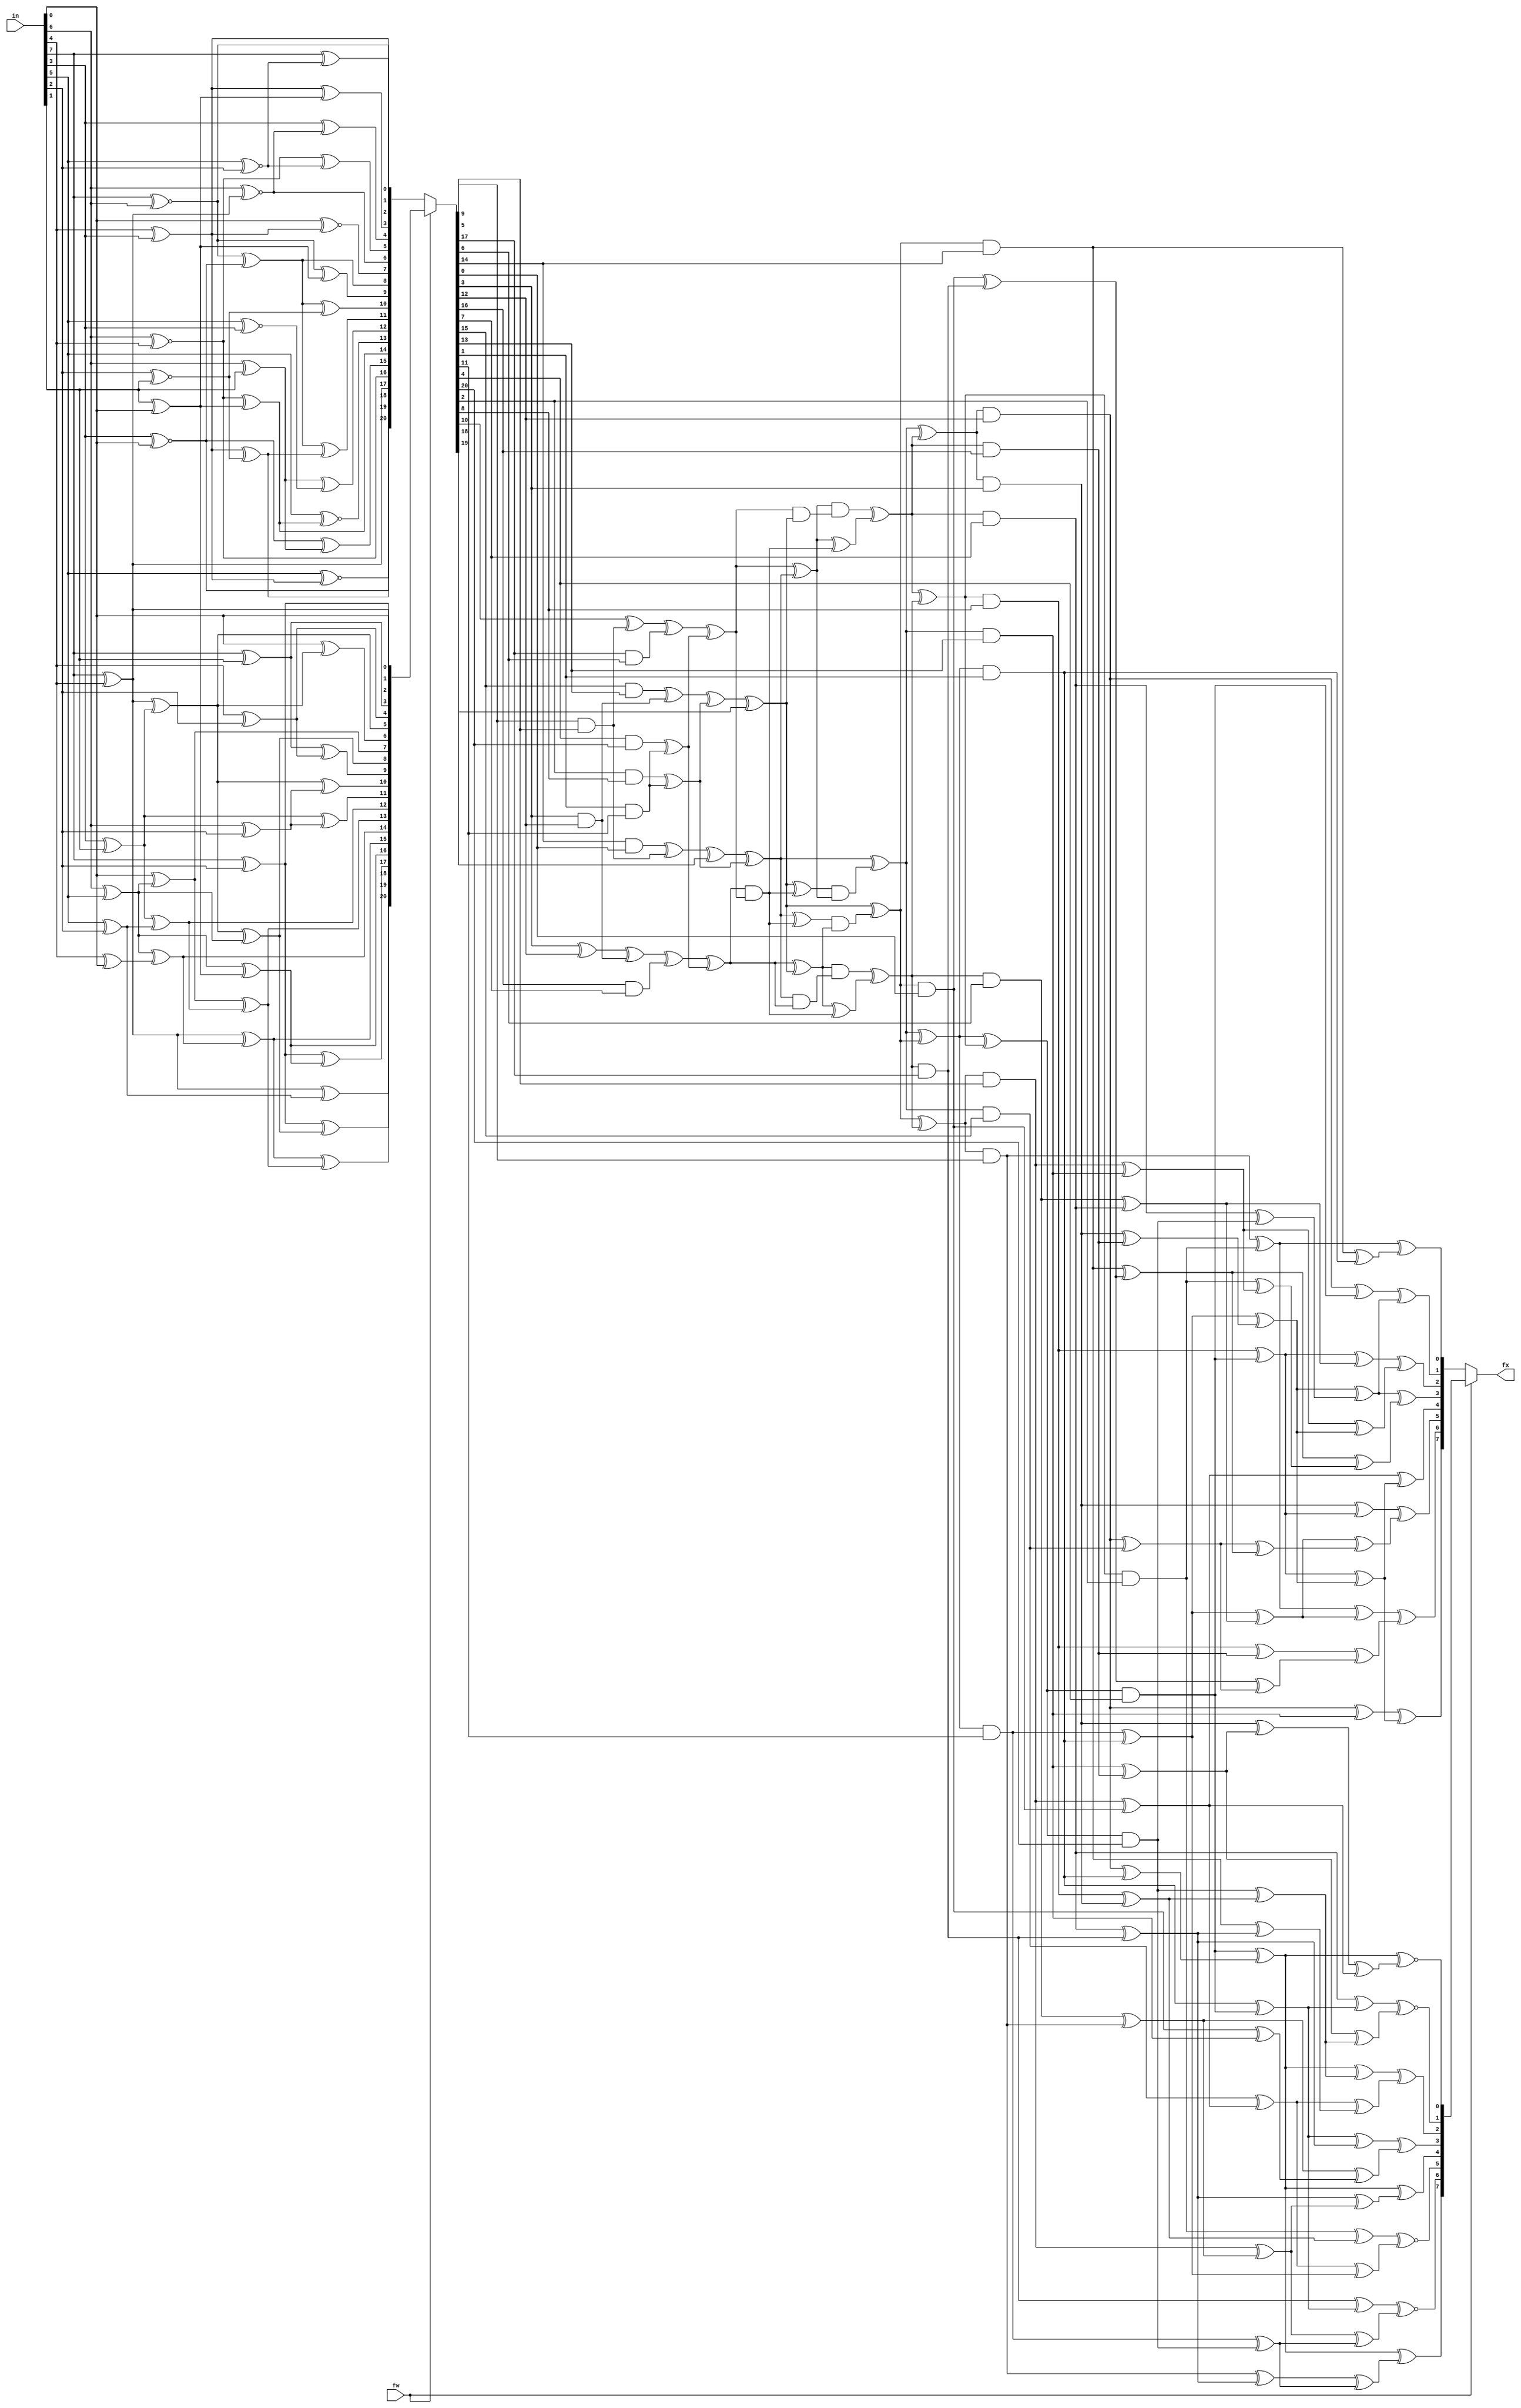
module ibex_aes_sbox (
	fw,
	in,
	fx
);
	input wire fw;
	input wire [7:0] in;
	output wire [7:0] fx;
	function automatic [20:0] aes_sbox_top;
		input reg [7:0] x;
		reg y20;
		reg y19;
		reg y18;
		reg y17;
		reg y16;
		reg y15;
		reg y14;
		reg y13;
		reg y12;
		reg y11;
		reg y10;
		reg y9;
		reg y8;
		reg y7;
		reg y6;
		reg y5;
		reg y4;
		reg y3;
		reg y2;
		reg y1;
		reg y0;
		reg t5;
		reg t4;
		reg t3;
		reg t2;
		reg t1;
		reg t0;
		begin
			y0 = x[0];
			y1 = x[7] ^ x[4];
			y2 = x[7] ^ x[2];
			y3 = x[7] ^ x[1];
			y4 = x[4] ^ x[2];
			t0 = x[3] ^ x[1];
			y5 = y1 ^ t0;
			t1 = x[6] ^ x[5];
			y6 = x[0] ^ y5;
			y7 = x[0] ^ t1;
			y8 = y5 ^ t1;
			t2 = x[6] ^ x[2];
			t3 = x[5] ^ x[2];
			y9 = y3 ^ y4;
			y10 = y5 ^ t2;
			y11 = t0 ^ t2;
			y12 = t0 ^ t3;
			y13 = y7 ^ y12;
			t4 = x[4] ^ x[0];
			y14 = t1 ^ t4;
			y15 = y1 ^ y14;
			t5 = x[1] ^ x[0];
			y16 = t1 ^ t5;
			y17 = y2 ^ y16;
			y18 = y2 ^ y8;
			y19 = y15 ^ y13;
			y20 = y1 ^ t3;
			aes_sbox_top = {y20, y19, y18, y17, y16, y15, y14, y13, y12, y11, y10, y9, y8, y7, y6, y5, y4, y3, y2, y1, y0};
		end
	endfunction
	function automatic [7:0] aes_sbox_out;
		input reg [17:0] x;
		reg [7:0] y;
		reg t29;
		reg t28;
		reg t27;
		reg t26;
		reg t25;
		reg t24;
		reg t23;
		reg t22;
		reg t21;
		reg t20;
		reg t19;
		reg t18;
		reg t17;
		reg t16;
		reg t15;
		reg t14;
		reg t13;
		reg t12;
		reg t11;
		reg t10;
		reg t9;
		reg t8;
		reg t7;
		reg t6;
		reg t5;
		reg t4;
		reg t3;
		reg t2;
		reg t1;
		reg t0;
		begin
			t0 = x[11] ^ x[12];
			t1 = x[0] ^ x[6];
			t2 = x[14] ^ x[16];
			t3 = x[15] ^ x[5];
			t4 = x[4] ^ x[8];
			t5 = x[17] ^ x[11];
			t6 = x[12] ^ t5;
			t7 = x[14] ^ t3;
			t8 = x[1] ^ x[9];
			t9 = x[2] ^ x[3];
			t10 = x[3] ^ t4;
			t11 = x[10] ^ t2;
			t12 = x[16] ^ x[1];
			t13 = x[0] ^ t0;
			t14 = x[2] ^ x[11];
			t15 = x[5] ^ t1;
			t16 = x[6] ^ t0;
			t17 = x[7] ^ t1;
			t18 = x[8] ^ t8;
			t19 = x[13] ^ t4;
			t20 = t0 ^ t1;
			t21 = t1 ^ t7;
			t22 = t3 ^ t12;
			t23 = t18 ^ t2;
			t24 = t15 ^ t9;
			t25 = t6 ^ t10;
			t26 = t7 ^ t9;
			t27 = t8 ^ t10;
			t28 = t11 ^ t14;
			t29 = t11 ^ t17;
			y[0] = t6 ~^ t23;
			y[1] = t13 ~^ t27;
			y[2] = t25 ^ t29;
			y[3] = t20 ^ t22;
			y[4] = t6 ^ t21;
			y[5] = t19 ~^ t28;
			y[6] = t16 ~^ t26;
			y[7] = t6 ^ t24;
			aes_sbox_out = y;
		end
	endfunction
	function automatic [17:0] aes_sbox_inv_mid;
		input reg [20:0] x;
		reg [17:0] y;
		reg t45;
		reg t44;
		reg t43;
		reg t42;
		reg t41;
		reg t40;
		reg t39;
		reg t38;
		reg t37;
		reg t36;
		reg t35;
		reg t34;
		reg t33;
		reg t32;
		reg t31;
		reg t30;
		reg t29;
		reg t28;
		reg t27;
		reg t26;
		reg t25;
		reg t24;
		reg t23;
		reg t22;
		reg t21;
		reg t20;
		reg t19;
		reg t18;
		reg t17;
		reg t16;
		reg t15;
		reg t14;
		reg t13;
		reg t12;
		reg t11;
		reg t10;
		reg t9;
		reg t8;
		reg t7;
		reg t6;
		reg t5;
		reg t4;
		reg t3;
		reg t2;
		reg t1;
		reg t0;
		begin
			t0 = x[3] ^ x[12];
			t1 = x[9] & x[5];
			t2 = x[17] & x[6];
			t3 = x[10] ^ t1;
			t4 = x[14] & x[0];
			t5 = t4 ^ t1;
			t6 = x[3] & x[12];
			t7 = x[16] & x[7];
			t8 = t0 ^ t6;
			t9 = x[15] & x[13];
			t10 = t9 ^ t6;
			t11 = x[1] & x[11];
			t12 = x[4] & x[20];
			t13 = t12 ^ t11;
			t14 = x[2] & x[8];
			t15 = t14 ^ t11;
			t16 = t3 ^ t2;
			t17 = t5 ^ x[18];
			t18 = t8 ^ t7;
			t19 = t10 ^ t15;
			t20 = t16 ^ t13;
			t21 = t17 ^ t15;
			t22 = t18 ^ t13;
			t23 = t19 ^ x[19];
			t24 = t22 ^ t23;
			t25 = t22 & t20;
			t26 = t21 ^ t25;
			t27 = t20 ^ t21;
			t28 = t23 ^ t25;
			t29 = t28 & t27;
			t30 = t26 & t24;
			t31 = t20 & t23;
			t32 = t27 & t31;
			t33 = t27 ^ t25;
			t34 = t21 & t22;
			t35 = t24 & t34;
			t36 = t24 ^ t25;
			t37 = t21 ^ t29;
			t38 = t32 ^ t33;
			t39 = t23 ^ t30;
			t40 = t35 ^ t36;
			t41 = t38 ^ t40;
			t42 = t37 ^ t39;
			t43 = t37 ^ t38;
			t44 = t39 ^ t40;
			t45 = t42 ^ t41;
			y[0] = t38 & x[7];
			y[1] = t37 & x[13];
			y[2] = t42 & x[11];
			y[3] = t45 & x[20];
			y[4] = t41 & x[8];
			y[5] = t44 & x[9];
			y[6] = t40 & x[17];
			y[7] = t39 & x[14];
			y[8] = t43 & x[3];
			y[9] = t38 & x[16];
			y[10] = t37 & x[15];
			y[11] = t42 & x[1];
			y[12] = t45 & x[4];
			y[13] = t41 & x[2];
			y[14] = t44 & x[5];
			y[15] = t40 & x[6];
			y[16] = t39 & x[0];
			y[17] = t43 & x[12];
			aes_sbox_inv_mid = y;
		end
	endfunction
	function automatic [20:0] aes_inv_sbox_top;
		input reg [7:0] x;
		reg y20;
		reg y19;
		reg y18;
		reg y17;
		reg y16;
		reg y15;
		reg y14;
		reg y13;
		reg y12;
		reg y11;
		reg y10;
		reg y9;
		reg y8;
		reg y7;
		reg y6;
		reg y5;
		reg y4;
		reg y3;
		reg y2;
		reg y1;
		reg y0;
		reg t4;
		reg t3;
		reg t2;
		reg t1;
		reg t0;
		begin
			y17 = x[7] ^ x[4];
			y16 = x[6] ~^ x[4];
			y2 = x[7] ~^ x[6];
			y1 = x[4] ^ x[3];
			y18 = x[3] ~^ x[0];
			t0 = x[1] ^ x[0];
			y6 = x[6] ~^ y17;
			y14 = y16 ^ t0;
			y7 = x[0] ~^ y1;
			y8 = y2 ^ y18;
			y9 = y2 ^ t0;
			y3 = y1 ^ t0;
			y19 = x[5] ~^ y1;
			t1 = x[6] ^ x[1];
			y13 = x[5] ~^ y14;
			y15 = y18 ^ t1;
			y4 = x[3] ^ y6;
			t2 = x[5] ~^ x[2];
			t3 = x[2] ~^ x[1];
			t4 = x[5] ~^ x[3];
			y5 = y16 ^ t2;
			y12 = t1 ^ t4;
			y20 = y1 ^ t3;
			y11 = y8 ^ y20;
			y10 = y8 ^ t3;
			y0 = x[7] ^ t2;
			aes_inv_sbox_top = {y20, y19, y18, y17, y16, y15, y14, y13, y12, y11, y10, y9, y8, y7, y6, y5, y4, y3, y2, y1, y0};
		end
	endfunction
	function automatic [7:0] aes_inv_sbox_out;
		input reg [17:0] x;
		reg [7:0] y;
		reg t29;
		reg t28;
		reg t27;
		reg t26;
		reg t25;
		reg t24;
		reg t23;
		reg t22;
		reg t20;
		reg t19;
		reg t18;
		reg t17;
		reg t16;
		reg t15;
		reg t14;
		reg t13;
		reg t12;
		reg t11;
		reg t10;
		reg t9;
		reg t8;
		reg t7;
		reg t6;
		reg t5;
		reg t4;
		reg t3;
		reg t2;
		reg t1;
		reg t0;
		begin
			t0 = x[2] ^ x[11];
			t1 = x[8] ^ x[9];
			t2 = x[4] ^ x[12];
			t3 = x[15] ^ x[0];
			t4 = x[16] ^ x[6];
			t5 = x[14] ^ x[1];
			t6 = x[17] ^ x[10];
			t7 = t0 ^ t1;
			t8 = x[0] ^ x[3];
			t9 = x[5] ^ x[13];
			t10 = x[7] ^ t4;
			t11 = t0 ^ t3;
			t12 = x[14] ^ x[16];
			t13 = x[17] ^ x[1];
			t14 = x[17] ^ x[12];
			t15 = x[4] ^ x[9];
			t16 = x[7] ^ x[11];
			t17 = x[8] ^ t2;
			t18 = x[13] ^ t5;
			t19 = t2 ^ t3;
			t20 = t4 ^ t6;
			t22 = t2 ^ t7;
			t23 = t7 ^ t8;
			t24 = t5 ^ t7;
			t25 = t6 ^ t10;
			t26 = t9 ^ t11;
			t27 = t10 ^ t18;
			t28 = t11 ^ t25;
			t29 = t15 ^ t20;
			y[0] = t9 ^ t16;
			y[1] = t14 ^ t23;
			y[2] = t19 ^ t24;
			y[3] = t23 ^ t27;
			y[4] = t12 ^ t22;
			y[5] = t17 ^ t28;
			y[6] = t26 ^ t29;
			y[7] = t13 ^ t22;
			aes_inv_sbox_out = y;
		end
	endfunction
	wire [20:0] fwd_top;
	wire [20:0] inv_top;
	wire [20:0] top_box;
	assign fwd_top = aes_sbox_top(in);
	assign inv_top = aes_inv_sbox_top(in);
	assign top_box = (fw ? fwd_top : inv_top);
	wire [17:0] mid;
	assign mid = aes_sbox_inv_mid(top_box);
	wire [7:0] fwd_out;
	wire [7:0] inv_out;
	assign fwd_out = aes_sbox_out(mid);
	assign inv_out = aes_inv_sbox_out(mid);
	assign fx = (fw ? fwd_out : inv_out);
endmodule